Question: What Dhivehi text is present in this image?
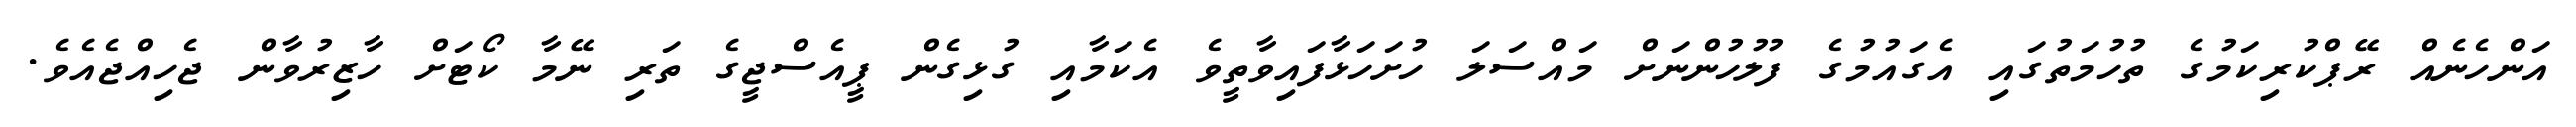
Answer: އަންހެނެއް ރޭޕްކުރިކަމުގެ ތުހުމަތުގައި އެގައުމުގެ ފުލުހުންނަށް މައްސަލަ ހުށަހަޅާފައިވާތީވެ އެކަމާއި ގުޅިގެން ޕީއެސްޖީގެ ތަރި ނޭމާ ކޯޓަށް ހާޒިރުވާން ޖެހިއްޖެއެވެ.